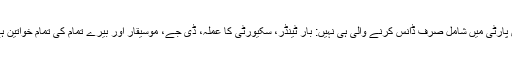
اس پارٹی میں شامل صرف ڈانس کرنے والی ہی نہیں: بار ٹینڈر، سکیورٹی کا عملہ، ڈی جے، موسیقار اور بیرے تمام کی تمام خواتین ہے۔